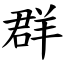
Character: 群